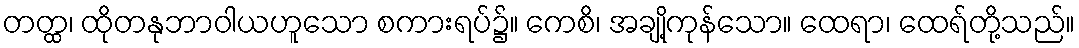
တတ္ထ၊ ထိုတနုဘာဝါယဟူသော စကားရပ်၌။ ကေစိ၊ အချို့ကုန်သော။ ထေရာ၊ ထေရ်တို့သည်။